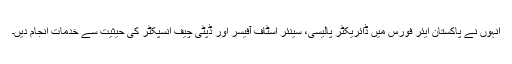
انہوں نے پاکستان ایئر فورس میں ڈائریکٹر پالیسی، سینئر اسٹاف آفیسر اور ڈپٹی چیف انسپکٹر کی حیثیت سے خدمات انجام دیں۔